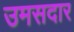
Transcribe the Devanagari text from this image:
उमसदार